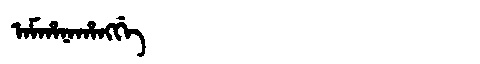
Manchu: ᠠᠮᡥᠠᠨᠠᡥᠠᠩᡤᡝ
Romanization: AMHANAHANGGE